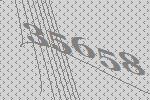
35658